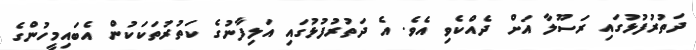
ދަތުރުފުޅުގައި ރަސޫލާ އަށް ދެއްކެވި އެވެ. އެ ދަތުރުފުޅުގައި އަލިފާނުގެ ކަތުރުތަކަކުން އެބައިމީހުންގެ